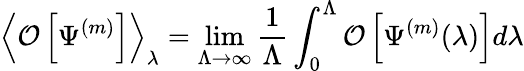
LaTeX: \left<\mathcal O\left[\Psi^{(m)}\right]\right>_{\lambda}=\operatorname*{lim}_{\Lambda\to\infty}\frac{1}{\Lambda}\int_{0}^{\Lambda}\mathcal O\left[\Psi^{(m)}(\lambda)\right]d\lambda